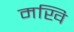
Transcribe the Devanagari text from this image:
मखि